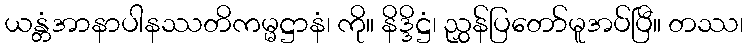
ယန္တံအာနာပါနဿတိကမ္မဋ္ဌာနံ၊ ကို။ နိဒ္ဒိဋ္ဌံ၊ ညွှန်ပြတော်မူအပ်ပြီ။ တဿ၊